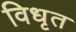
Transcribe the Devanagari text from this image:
विधृत